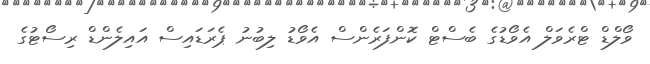
ވޯލްޑް ޓްރެވަލް އެވޯޑުގެ ބެސްޓް ކޮންފަރެންސް އެވޯޑު ލިބުނު ޕެރަޑައިސް އައިލެންޑް ރިސޯޓުގެ